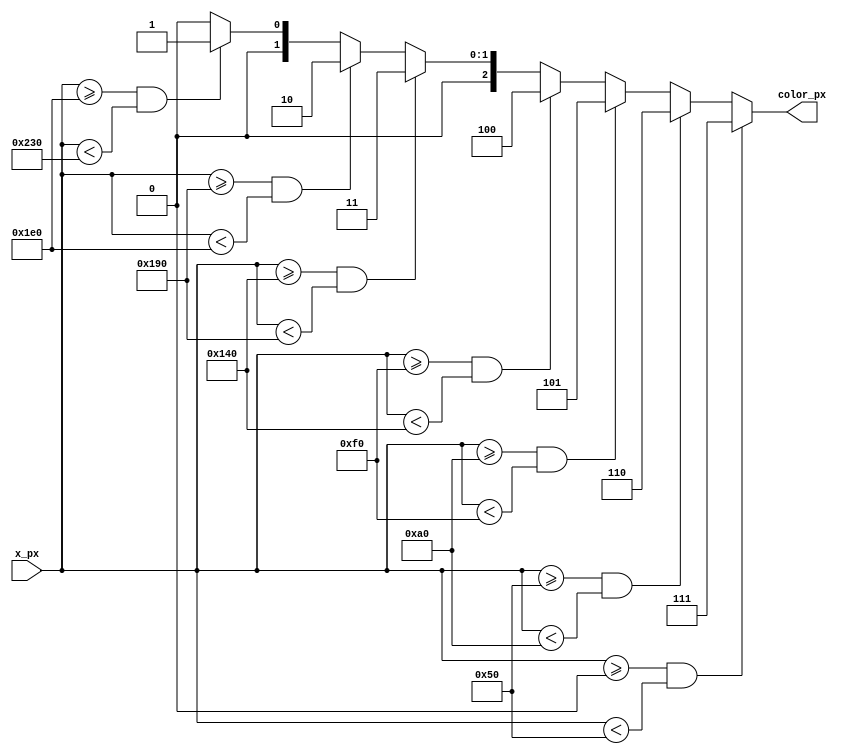
// --- Draw a set of colors bars on VGA monitor for a test.
//
//     Get 'x_px' for a reference in screen of the pixel and put its
//     color in 'color_px'.
//
// Juan Manuel Rico - Octubre 2017
//
module bars (
            input wire  [9:0] x_px,
            output wire [2:0] color_px
);
//Calculate width bar.
localparam barwidth = 80;  // For a 640x480@72Hz, 3bits controller

// We're inside a bar, set its color.
assign color_px =  ((x_px >= 0*barwidth) && (x_px < 1*barwidth)) ? 3'b111 : 
                  (((x_px >= 1*barwidth) && (x_px < 2*barwidth)) ? 3'b110 : 
                  (((x_px >= 2*barwidth) && (x_px < 3*barwidth)) ? 3'b101 :
                  (((x_px >= 3*barwidth) && (x_px < 4*barwidth)) ? 3'b100 :
                  (((x_px >= 4*barwidth) && (x_px < 5*barwidth)) ? 3'b011 :
                  (((x_px >= 5*barwidth) && (x_px < 6*barwidth)) ? 3'b010 :
                  (((x_px >= 6*barwidth) && (x_px < 7*barwidth)) ? 3'b001 : 3'b000 ))))));
endmodule